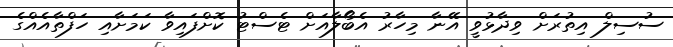
ސުސިލް އިތުރަށް ވިދާޅުވީ އޭނާ މިހާރު އެބޯލާއަށް ޓެސްޓު ކޮށްފައިވާ ކަމަށާއި ހަފްތާއެއްގެ